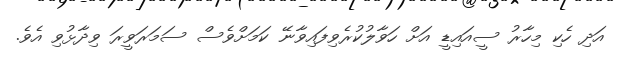
އަދި ހެކި މިހާރު ސީއައިޑީ އަށް ހަވާލުކުރެވިފައިވާނޭ ކަމަށްވެސް ސަމަރަވީރަ ވިދާޅުވި އެވެ.